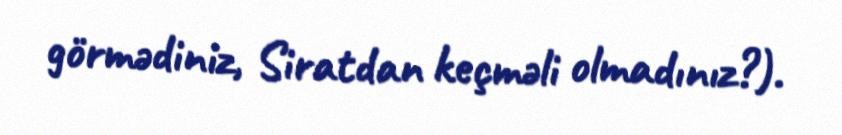
görmədiniz, Siratdan keçməli olmadınız?).